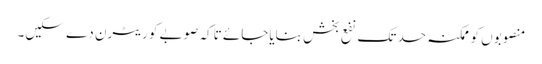
منصوبوں کو ممکنہ حد تک نفع بخش بنایاجائے تاکہ صوبے کو ریٹرن دے سکیں۔